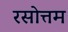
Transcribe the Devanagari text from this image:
रसोत्तम